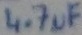
Text: 4.7µF